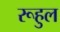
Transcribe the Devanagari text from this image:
रूहुल